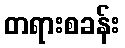
တရားစခန်း